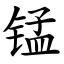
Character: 锰